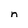
Character: n